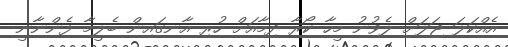
އެއްކަލަ ޖަލަށް ލެވުނު މީހާ ކޯރާ ދިމާއަށް ހުރި އާނގައިން ބެލީމާ ފެންނާނީ